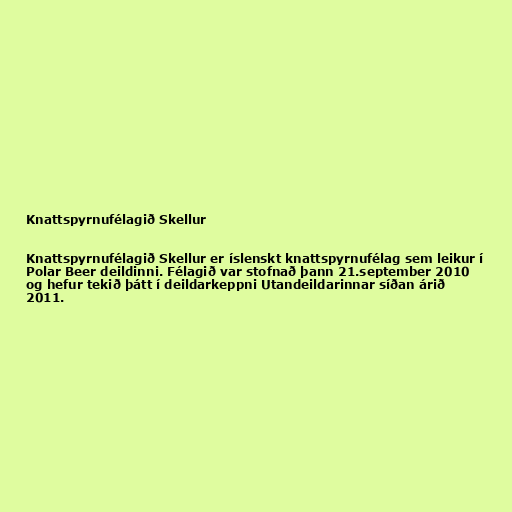
Knattspyrnufélagið Skellur

Knattspyrnufélagið Skellur er íslenskt knattspyrnufélag sem leikur í
Polar Beer deildinni. Félagið var stofnað þann 21.september 2010
og hefur tekið þátt í deildarkeppni Utandeildarinnar síðan árið
2011.